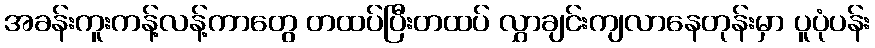
အခန်းကူးကန့်လန့်ကာတွေ တထပ်ပြီးတထပ် လွှာချင်းကျလာနေတုန်းမှာ ပူပုံပန်း